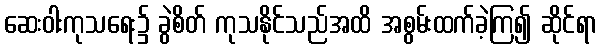
ဆေးဝါးကုသရေး၌ ခွဲစိတ် ကုသနိုင်သည်အထိ အစွမ်းထက်ခဲ့ကြ၍ ဆိုင်ရာ